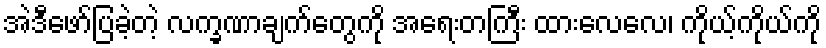
အဲဒီဖော်ပြခဲ့တဲ့ လက္ခဏာချက်တွေကို အရေးတကြီး ထားလေလေ၊ ကိုယ့်ကိုယ်ကို